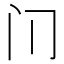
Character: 𰿥